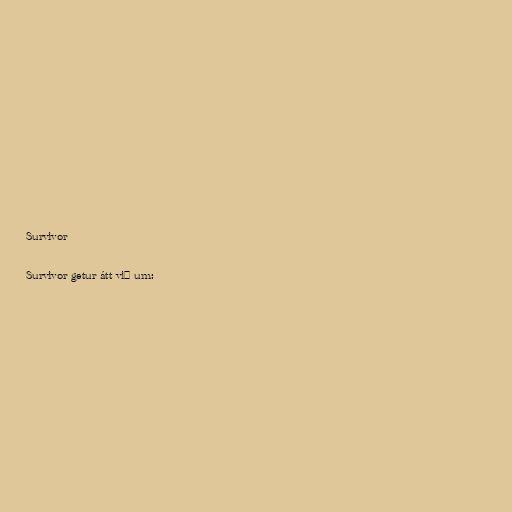
Survivor

Survivor getur átt við um: